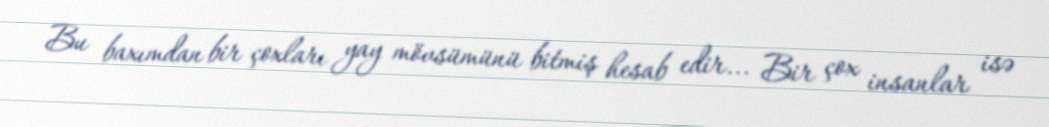
Bu baxımdan bir çoxları yay mövsümünü bitmiş hesab edir... Bir çox insanlar isə